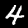
Label: 4